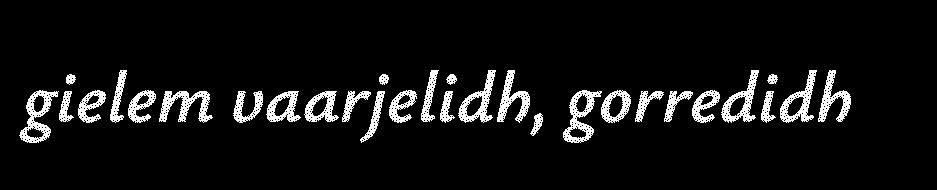
gielem vaarjelidh, gorredidh